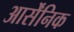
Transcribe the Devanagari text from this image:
आर्सेंनिक